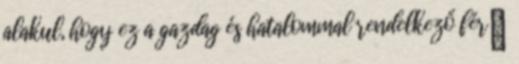
alakul, hogy ez a gazdag és hatalommal rendelkező férﬁ